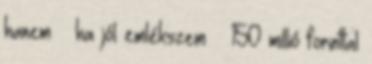
hanem – ha jól emlékszem – 150 millió forinttal